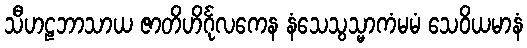
သီဟဠဘာသာယ ဇာတိဟိင်္ဂုလကေန နံသေသွသ္မာကံမမံ သေဝိယမာနံ